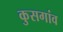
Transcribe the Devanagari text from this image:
कुसगांव